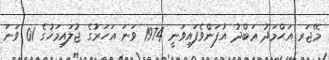
މޭޖަރ އަޙްމަދު ޢަބްދު އުފަންވެފައިވަނީ 1974 ވަނަ އަހަރުގެ ޖުލައިމަހުގެ 01 ވަނަ